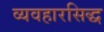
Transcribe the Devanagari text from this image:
व्यवहारसिद्ध